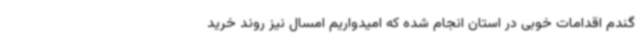
گندم اقدامات خوبی در استان انجام شده که امیدواریم امسال نیز روند خرید